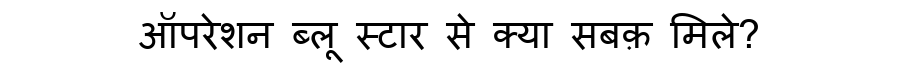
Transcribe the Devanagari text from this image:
ऑपरेशन ब्लू स्टार से क्या सबक़ मिले?